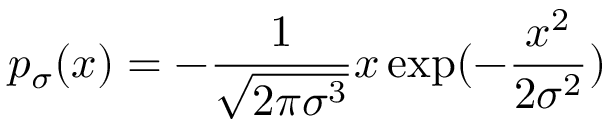
p _ { \sigma } ( x ) = - \frac { 1 } { \sqrt { { 2 \pi } \sigma ^ { 3 } } } x \exp ( - \frac { x ^ { 2 } } { 2 \sigma ^ { 2 } } )